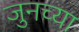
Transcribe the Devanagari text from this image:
जुनच्या